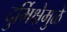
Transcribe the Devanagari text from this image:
दुर्भिक्षेमुळे